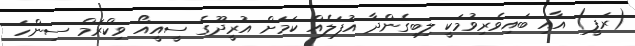
(ރަފީ) އާއި ބައިވެރިވުމަކީ ލިބިގެންދާ އުފަލެއް ކަމަށް އުރީދޫގެ ސީއީއޯ ވިކްރަމް ސިންހަ